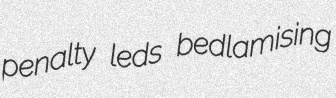
penalty leds bedlamising